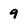
Character: 9